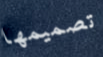
تصميمها